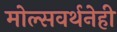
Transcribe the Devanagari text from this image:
मोल्सवर्थनेही